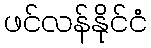
ဖင်လန်နိုင်ငံ